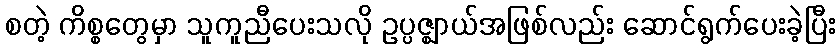
စတဲ့ ကိစ္စတွေမှာ သူကူညီပေးသလို ဥပ္ပဇ္ဈာယ်အဖြစ်လည်း ဆောင်ရွက်ပေးခဲ့ပြီး